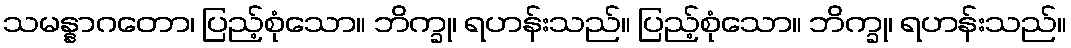
သမန္နာဂတော၊ ပြည့်စုံသော။ ဘိက္ခု၊ ရဟန်းသည်။ ပြည့်စုံသော။ ဘိက္ခု၊ ရဟန်းသည်။